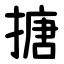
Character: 搪